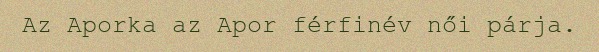
Az Aporka az Apor férfinév női párja.